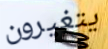
يتغيرون